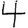
Digit: 4